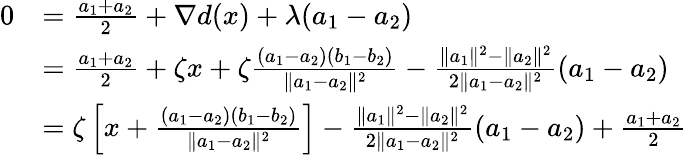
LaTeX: \begin{array}{rl}{0}&{=\frac{a_{1}+a_{2}}{2}+\nabla d(x)+\lambda(a_{1}-a_{2})}\\ &{=\frac{a_{1}+a_{2}}{2}+\zeta x+\zeta\frac{(a_{1}-a_{2})(b_{1}-b_{2})}{\| a_{1}-a_{2}\| ^{2}}-\frac{\| a_{1}\| ^{2}-\| a_{2}\| ^{2}}{2\| a_{1}-a_{2}\| ^{2}}(a_{1}-a_{2})}\\ &{=\zeta\left[x+\frac{(a_{1}-a_{2})(b_{1}-b_{2})}{\| a_{1}-a_{2}\| ^{2}}\right]-\frac{\| a_{1}\| ^{2}-\| a_{2}\| ^{2}}{2\| a_{1}-a_{2}\| ^{2}}(a_{1}-a_{2})+\frac{a_{1}+a_{2}}{2}}\end{array}